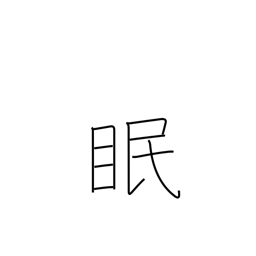
Meaning: sleep